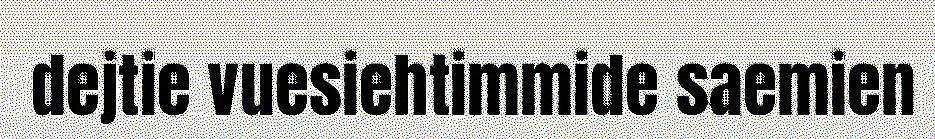
dejtie vuesiehtimmide saemien